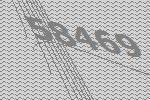
58469